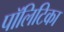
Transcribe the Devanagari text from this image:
पॉलिटिका